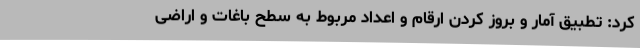
کرد: تطبیق آمار و بروز کردن ارقام و اعداد مربوط به سطح باغات و اراضی